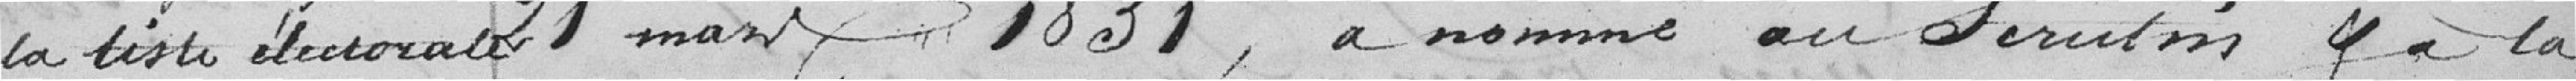
la titre électorale 21 Mars 1831, a nommé au scrutin à la